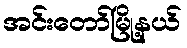
အင်းတော်မြို့နယ်